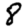
Digit: 8